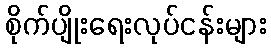
စိုက်ပျိုးရေးလုပ်ငန်းများ